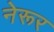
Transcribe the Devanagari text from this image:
नेरूर